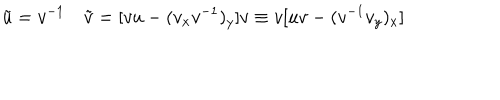
LaTeX: \tilde { u } = v ^ { - 1 } \quad \tilde { v } = [ v u - ( v _ { x } v ^ { - 1 } ) _ { y } ] v \equiv v [ u v - ( v ^ { - 1 } v _ { y } ) _ { x } ]